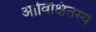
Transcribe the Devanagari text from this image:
आविक्षितस्य